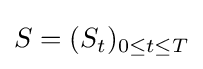
S=(S_{t})_{0\leq t\leq T}